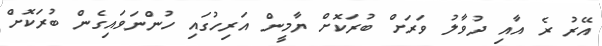
އޭރު ރެ އާއި ދުވާލު ވަރަށް ބުރަކޮށް ޔާމީން އަރިހުގައި ހުންނަވައިގެން ބުރަކޮށް